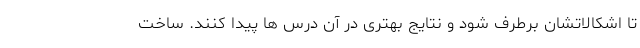
تا اشکالاتشان برطرف شود و نتایج بهتری در آن درس ها پیدا کنند. ساخت